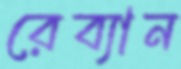
রেব্যান